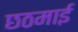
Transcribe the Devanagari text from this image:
छठमाई